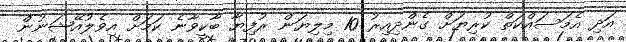
އަދި އެމަސައްކަތް ކުރިޔަށް ގެންދިއިރު 10 މިލިޔަން ރުފިޔާ ބާކީވާނެ ކަމަށް އިވެލުއޭޝަނުން